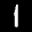
Label: 1